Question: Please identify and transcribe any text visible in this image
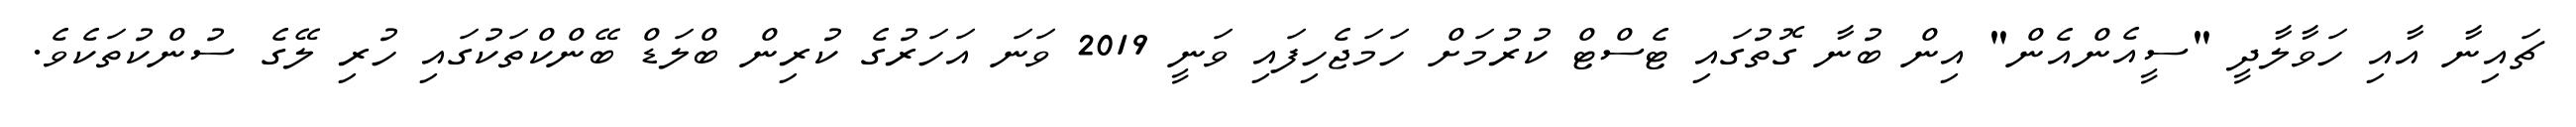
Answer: ޗައިނާ އާއި ހަވާލާދީ "ސީއެންއެން" އިން ބުނާ ގޮތުގައި ޓެސްޓް ކުރުމަށް ހަމަޖެހިފައި ވަނީ 2019 ވަނަ އަހަރުގެ ކުރިން ބްލަޑް ބޭންކްތަކުގައި ހުރި ލޭގެ ސުންކުތަކެވެ.